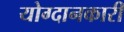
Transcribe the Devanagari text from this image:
योग्दानकारी